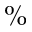
\%